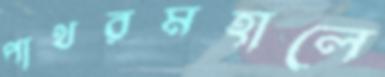
পাথরমহালে